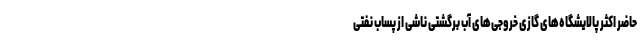
حاضر اکثر پالایشگاه‌های گازی خروجی‌های آب برگشتی ناشی از پساب نفتی